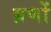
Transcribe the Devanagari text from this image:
ब्रणों